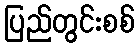
ပြည်တွင်းစစ်